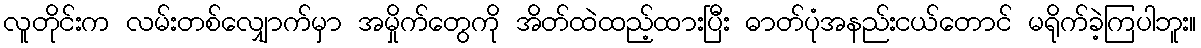
လူတိုင်းက လမ်းတစ်လျှောက်မှာ အမှိုက်တွေကို အိတ်ထဲထည့်ထားပြီး ဓာတ်ပုံအနည်းငယ်တောင် မရိုက်ခဲ့ကြပါဘူး။